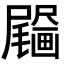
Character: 𤳰